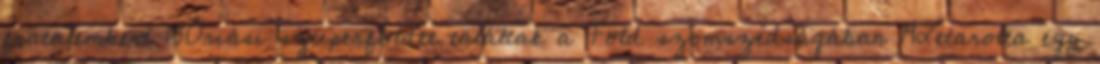
fiatalembert 13Óriási szuperföldet találtak a Föld szomszédságában 14Letarolta egy